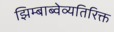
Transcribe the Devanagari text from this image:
झिम्बाब्वेव्यतिरिक्त